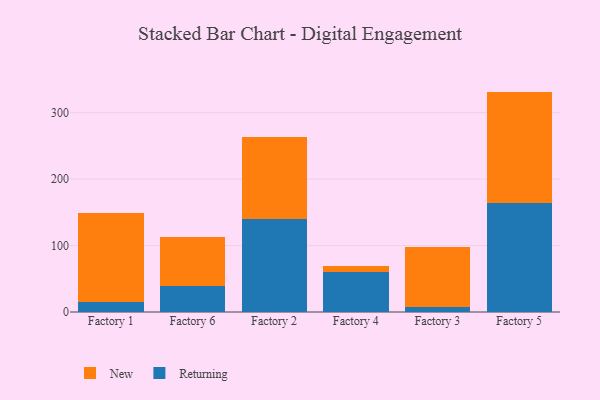
{"axis": {"x": "Factory", "y": "Net Income (USD K)"}, "legend": ["New", "Returning"], "data": [{"x": "Factory 1", "y": 15.1, "type": "Returning"}, {"x": "Factory 1", "y": 134.1, "type": "New"}, {"x": "Factory 6", "y": 39.8, "type": "Returning"}, {"x": "Factory 6", "y": 72.6, "type": "New"}, {"x": "Factory 2", "y": 139.3, "type": "Returning"}, {"x": "Factory 2", "y": 123.6, "type": "New"}, {"x": "Factory 4", "y": 60.9, "type": "Returning"}, {"x": "Factory 4", "y": 7.8, "type": "New"}, {"x": "Factory 3", "y": 8.0, "type": "Returning"}, {"x": "Factory 3", "y": 89.4, "type": "New"}, {"x": "Factory 5", "y": 164.3, "type": "Returning"}, {"x": "Factory 5", "y": 167.4, "type": "New"}]}